Assam Mental Hospital (Tezpur, India) - 1933-1948
Year: 1933
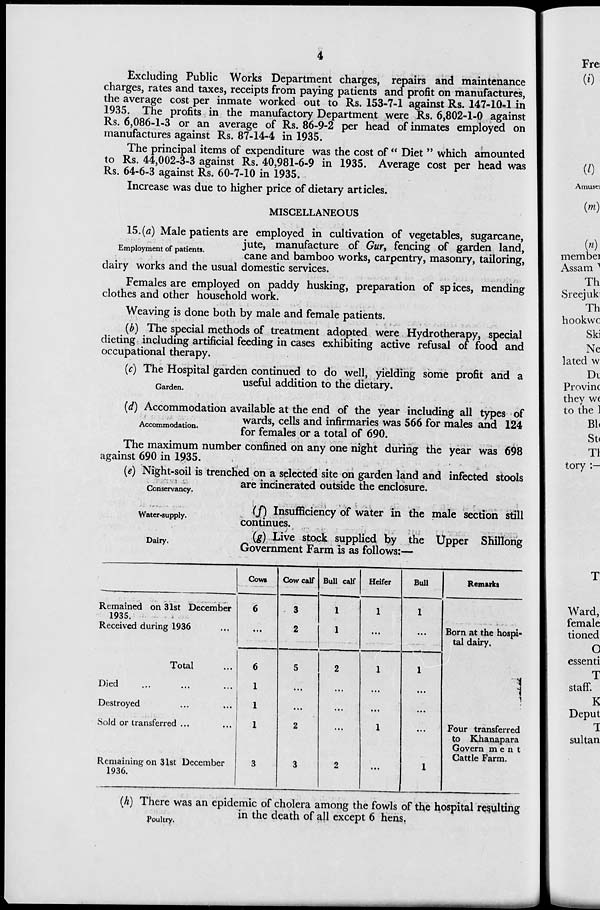
4
Excluding Public Works Department charges, repairs and maintenance
charges, rates and taxes, receipts from paying patients and profit on manufactures,
the average cost per inmate worked out to Rs. 153-7-1 against Rs. 147-10-1 in
1935. The profits in the manufactory Department were Rs. 6,802-1-0 against
Rs. 6,086-1-3 or an average of Rs. 86-9-2 per head of inmates employed on
manufactures against Rs. 87-14-4 in 1935.
The principal items of expenditure was the cost of "Diet" which amounted
to Rs. 44,002-3-3 against Rs. 40,981-6-9 in 1935. Average cost per head was
Rs. 64-6-3 against Rs. 60-7-10 in 1935.
Increase was due to higher price of dietary articles.
MISCELLANEOUS
Employment of patients.
15. (a) Male patients are employed in cultivation of vegetables, sugarcane,
jute, manufacture of Gur, fencing of garden land,
cane and bamboo works, carpentry, masonry, tailoring,
dairy works and the usual domestic services.
Females are employed on paddy husking, preparation of spices, mending
clothes and other household work.
Weaving is done both by male and female patients.
(b) The special methods of treatment adopted were Hydrotherapy, special
dieting including artificial feeding in cases exhibiting active refusal of food and
occupational therapy.
Garden.
(c) The Hospital garden continued to do well, yielding some profit and a
useful addition to the dietary.
Accommodation.
(d) Accommodation available at the end of the year including all types of
wards, cells and infirmaries was 566 for males and 124
for females or a total of 690.
The maximum number confined on any one night during the year was 698
against 690 in 1935.
Conservancy.
(e) Night-soil is trenched on a selected site on garden land and infected stools
are incinerated outside the enclosure.
Water-supply.
(f) Insufficiency of water in the male section still
continues.
Dairy.
(g) Live stock supplied by the Upper Shillong
Government Farm is as follows:—
Remained on 31st December
1935.
Received during 1936 ...
Total ...
Died ... ... ...
Destroyed ... ...
Sold or transferred ... ...
Remaining on 31st December
1936.
Cows
6
...
6
1
1
1
3
Cow calf
3
2
5
...
...
2
3
Bull calf
1
1
2
...
...
...
2
Heifer
1
...
1
...
...
1
...
Bull
1
...
1
...
...
...
1
Remarks
Born at the hospi-
tal dairy.
Four transferred
to Khanapara
Government
Cattle Farm.
Poultry.
(h) There was an epidemic of cholera among the fowls of the hospital resulting
in the death of all except 6 hens.